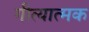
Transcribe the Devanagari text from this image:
गीत्यात्मक